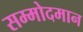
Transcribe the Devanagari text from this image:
सम्मोदमान